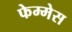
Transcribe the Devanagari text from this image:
फेम्मेस